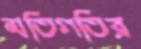
মতিগতির